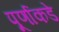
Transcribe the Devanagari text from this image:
पूर्णाकडे